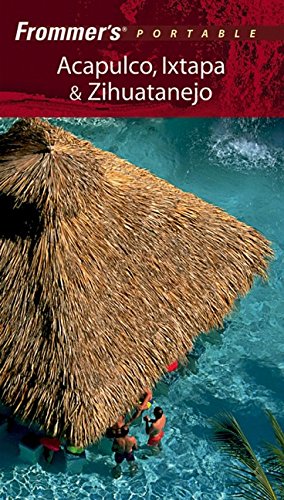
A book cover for Frommer's Portable Acapulco, Ixtapa & Zihuatanejo; Lynne Bairstow; Travel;